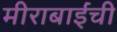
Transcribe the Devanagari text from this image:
मीराबाईंची